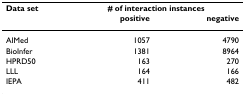
| Data set | <COLSPAN=2> # of interaction instances |
 |  | positive | negative |
 | --- | --- | --- |
 | AIMed | 1057 | 4790 |
 | BioInfer | 1381 | 8964 |
 | HPRD50 | 163 | 270 |
 | LLL | 164 | 166 |
 | IEPA | 411 | 482 |